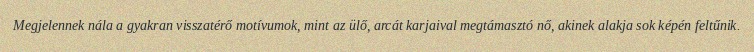
Megjelennek nála a gyakran visszatérő motívumok, mint az ülő, arcát karjaival megtámasztó nő, akinek alakja sok képén feltűnik.